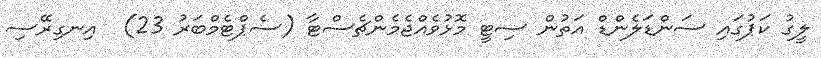
ލީގު ކަޕުގައި ސަންޑަލެންޑް އަތުން ސިޓީ މޮޅުވެއްޖެމެންޗެސްޓާ (ސެޕްޓެމްބަރު 23)  އިނގިރޭސި